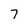
Character: 7